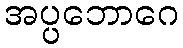
အပ္ပဘောဂေ